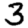
Digit: 3